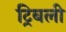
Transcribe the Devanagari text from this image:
ट्रिबली